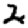
Digit: 2